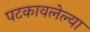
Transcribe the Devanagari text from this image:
पटकावलेल्या